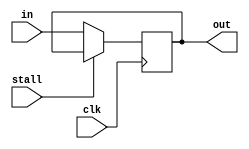
`timescale 1ns / 1ps


module PC(clk, stall, in, out);

    input         clk;
    input         stall;
    input  [31:0] in;
    output [31:0] out;

    reg    [31:0] out;

    // initialize program counter
    initial begin
        out = 32'b0;
    end

    // update program counter
    always@(posedge clk) begin
        if (!stall) begin
            out = in;
        end
    end

endmodule